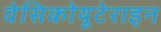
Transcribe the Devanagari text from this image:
वेसिकोयूटेराइन